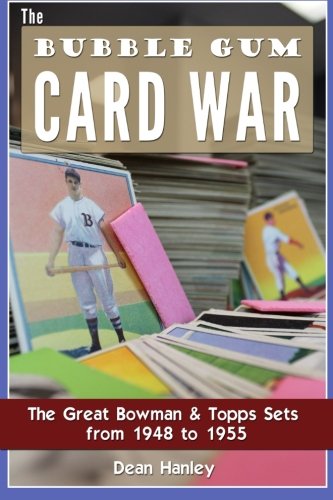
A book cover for The Bubble Gum Card War: The Great Bowman & Topps Sets from 1948 to 1955; Dean Hanley; Crafts, Hobbies & Home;